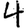
Digit: 4